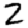
Digit: 2